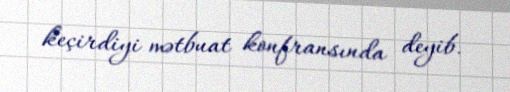
keçirdiyi mətbuat konfransında deyib.